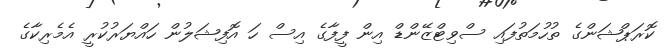
ކޮރަޕްޝަންގެ ތުހުމަތުފައި ސްވިޓްޒޭންޑް އިން ފީފާގެ އިސް ހަ އޮފިޝަލުން ހައްޔަރުކުރީ އެމެރިކާގެ